Report on the working of the Ranchi Indian Mental Hospital, Kanke, in Bihar and Orissa - 1930-1940
Year: 1930
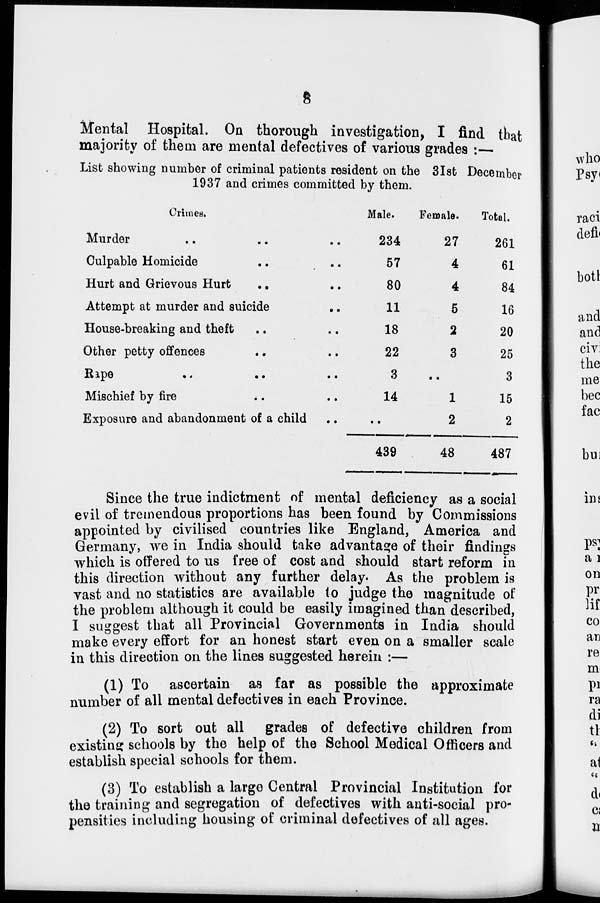
8
Mental Hospital. On thorough investigation, I find that
majority of them are mental defectives of various grades :—
List showing number of criminal patients resident on the 31st December
1937 and crimes committed by them.
Crimes.
Murder .. .. ..
Culpable Homicide
..
..
Hurt and Grievous Hurt .. ..
Attempt at murder and suicide
..
House-breaking and theft .. ..
Other petty offences .. ..
Rape .. .. ..
Mischief by fire .. ..
Exposure and abandonment of a child ..
Male.
234
57
80
11
18
22
8
14
..
439
Female.
27
4
4
5
2
3
..
1
2
48
Total.
261
61
84
16
20
25
3
15
2
487
Since the true indictment of mental deficiency as a social
evil of tremendous proportions has been found by Commissions
appointed by civilised countries like England, America and
Germany, we in India should take advantage of their findings
which is offered to us free of cost and should start reform in
this direction without any further delay. As the problem is
vast and no statistics are available to judge the magnitude of
the problem although it could be easily imagined than described,
I suggest that all Provincial Governments in India should
make every effort for an honest start even on a smaller scale
in this direction on the lines suggested herein :—
(1) To ascertain as far as possible the approximate
number of all mental defectives in each Province.
(2) To sort out all grades of defective children from
existing: schools by the help of the School Medical Officers and
establish special schools for them.
(3) To establish a large Central Provincial Institution for
the training and segregation of defectives with anti-social pro-
pensities including housing of criminal defectives of all ages.